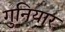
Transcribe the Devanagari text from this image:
गुनियार